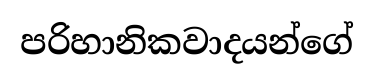
පරිහානිකවාදයන්ගේ